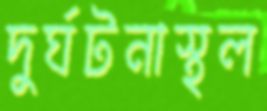
দুর্ঘটনাস্থল